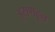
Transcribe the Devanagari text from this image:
इराणहून